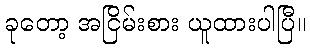
ခုတော့ အငြိမ်းစား ယူထားပါပြီ။